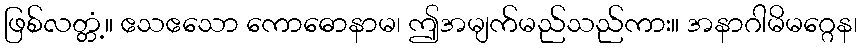
ဖြစ်လတ္တံ့။ ဧသဧသော ကောဓောနာမ၊ ဤအမျက်မည်သည်ကား။ အနာဂါမိမဂ္ဂေန၊